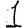
Digit: 1